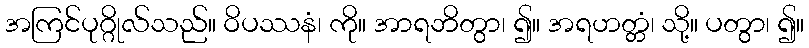
အကြင်ပုဂ္ဂိုလ်သည်။ ဝိပဿနံ၊ ကို။ အာရဘိတွာ၊ ၍။ အရဟတ္တံ၊ သို့။ ပတွာ၊ ၍။